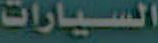
السيارات